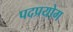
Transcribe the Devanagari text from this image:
पदप्रयोग